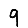
Digit: 9